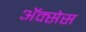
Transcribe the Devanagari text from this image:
अॅक्सेस